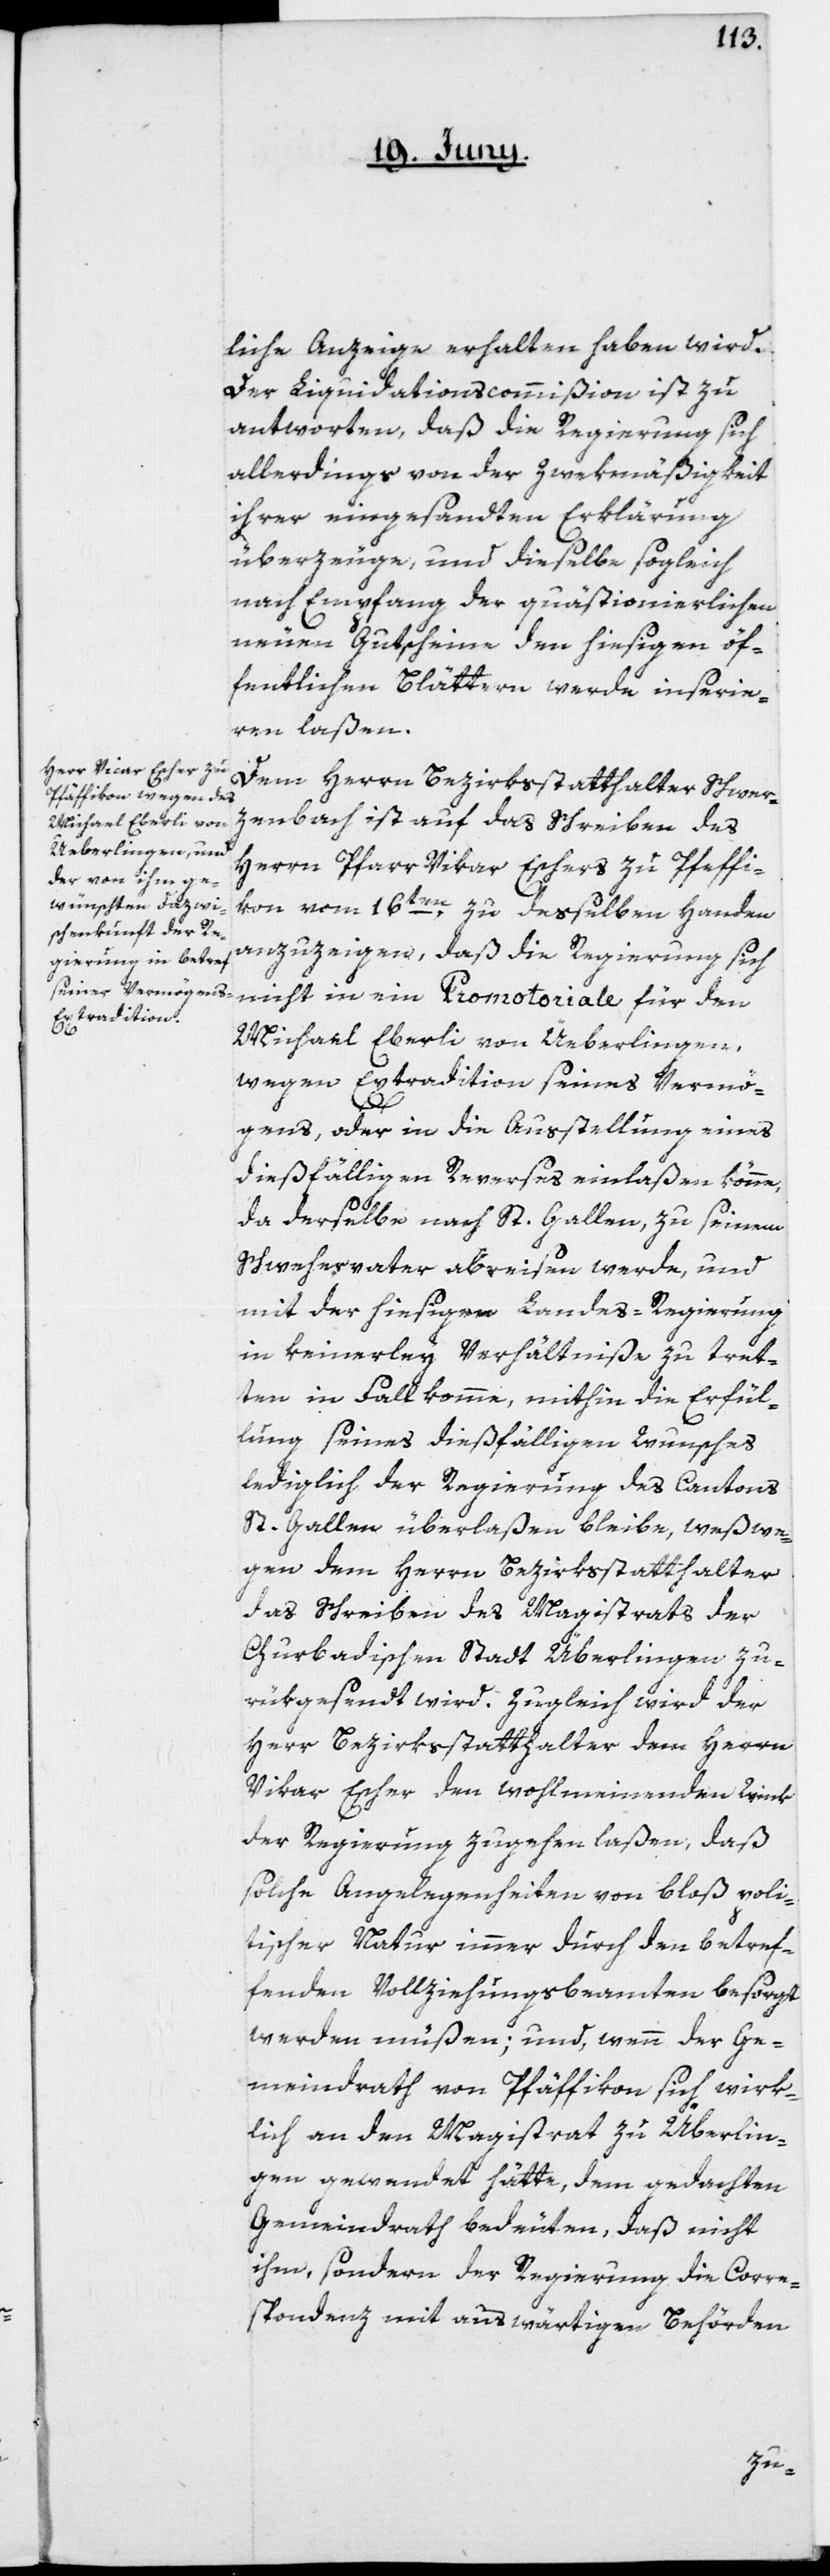
liche Anzeige erhalten haben wird.
Der Liquidationscommißion ist zu
antworten, daß die Regierung sich
allerdings von der Zwekmäßigkeit
ihrer eingesandten Erklärung
überzeuge, und dieselbe sogleich
nach Empfang der quästionierlichen
neuen Gutscheine den hiesigen öf¬
fentlichen Blättern werde inserie¬
ren laßen.
Dem Herrn Bezirksstatthalter Schwer¬
zenbach ist auf das Schreiben des
Herrn Pfarr Vikar Eschers zu Pfeffi¬
kon vom 16ten, zu desselben Handen
anzuzeigen, daß die Regierung sich
nicht in ein Promotoriale für den
Michael Eberli von Üeberlingen,
wegen Extradition seines Vermö¬
gens, oder in die Ausstellung eines
dießfälligen Reverses einlaßen könne,
da derselbe nach St. Gallen, zu seinem
Schwehervater abreisen werde, und
mit der hiesigen Landes-Regierung
in keinerley Verhältniße zu tret¬
ten in Fall komme, mithin die Erfül¬
lung seines dießfälligen Wunsches
lediglich der Regierung des Cantons
St. Gallen überlaßen bleibe, weßwe¬
gen dem Herrn Bezirksstatthalter
das Schreiben des Magistrats der
Churbadischen Stadt Überlingen zu¬
rückgesandt wird. Zugleich wird der
Herr Bezirksstatthalter dem Herrn
Vikar Escher den wohlmeinenden Wink
der Regierung zugehen laßen, daß
solche Angelegenheiten von bloß poli¬
tischer Natur immer durch den betref¬
fenden Vollziehungsbeamten besorgt
werden müßen; und, wenn der Ge¬
meindrath von Pfäffikon sich wirk¬
lich an den Magistrat zu Überlin¬
gen gewendet hätte, dem gedachten
Gemeindrath bedeuten, daß nicht
ihm, sondern der Regierung die Corre¬
spondenz mit auswärtigen Behörden